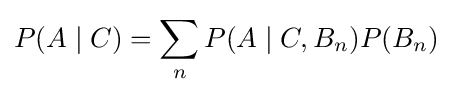
P(A\mid C)=\sum _{n}P(A\mid C,B_{n})P(B_{n})